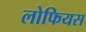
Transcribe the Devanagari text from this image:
लोफियस